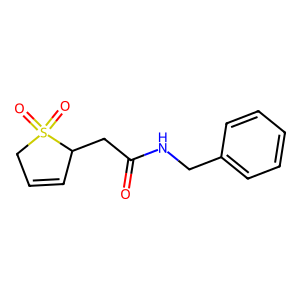
SMILES: O=C(CC1C=CCS1(=O)=O)NCc1ccccc1
Inhibits HIV replication: No